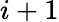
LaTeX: i+1